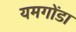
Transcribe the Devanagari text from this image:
यमगोंडा